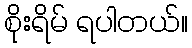
စိုးရိမ် ရပါတယ်။